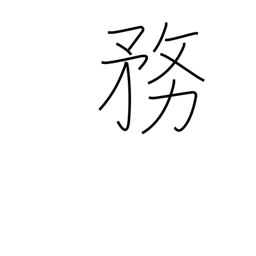
Meaning: duties